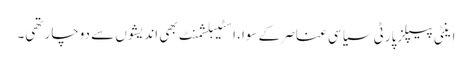
اینٹی پیپلزپارٹی سیاسی عناصر کے سوا، اسٹیبلشمنٹ بھی اندیشوں سے دوچار تھی۔